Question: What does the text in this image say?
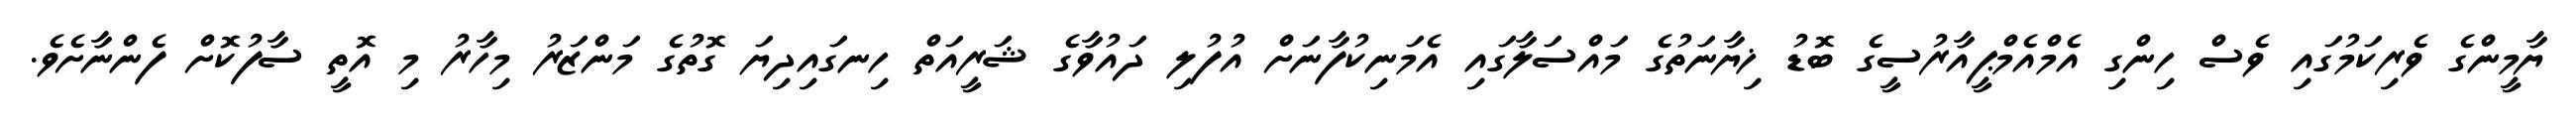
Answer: ޔާމީންގެ ވެރިކަމުގައި ވެސް ހިންގި އެމްއެމްޕީއާރުސީގެ ބޮޑު ޚިޔާނަތުގެ މައްސަލާގައި އެމަނިކުފާނަށް އުފުލި ދައުވާގެ ޝަރީއަތް ހިނގައިދިޔަ ގޮތުގެ މަންޒަރު މިހާރު މި އޮތީ ސާފުކޮށް ފެންނާށެވެ.